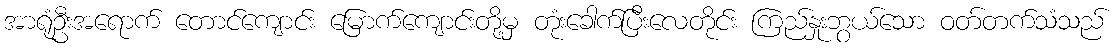
အာရုံဦးအရောက် တောင်ကျောင်း မြောက်ကျောင်းတို့မှ တုံးခေါက်ပြီးလေတိုင်း ကြည်နှုးဘွယ်သော ဝတ်တက်သံသည်